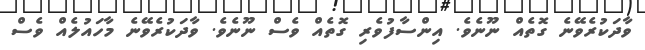
ވާދަކުރެވޭނެ ގޮތެއް ނޫނެވެ. އިންސާފުވެރި ގޮތެއް ވެސް ނޫނެވެ. ވާދަކުރެވޭނެ މާހައުލެއް ވެސް